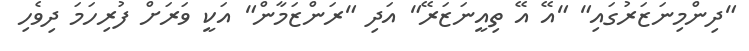
"ދިންމިނަޒަރުގައި" "އޭ އޭ ތިއީނަޒަރޭ" އަދި "ރަންޒަމާން" އަކީ ވަރަށް ފުރިހަމަ ދިވެހި